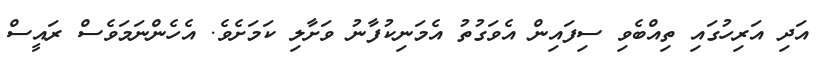
އަދި އަރިހުގައި ތިއްބެވި ސިފައިން އެވަގުތު އެމަނިކުފާނު ވަށާލި ކަމަށެވެ. އެހެންނަމަވެސް ރައީސް